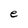
Character: e